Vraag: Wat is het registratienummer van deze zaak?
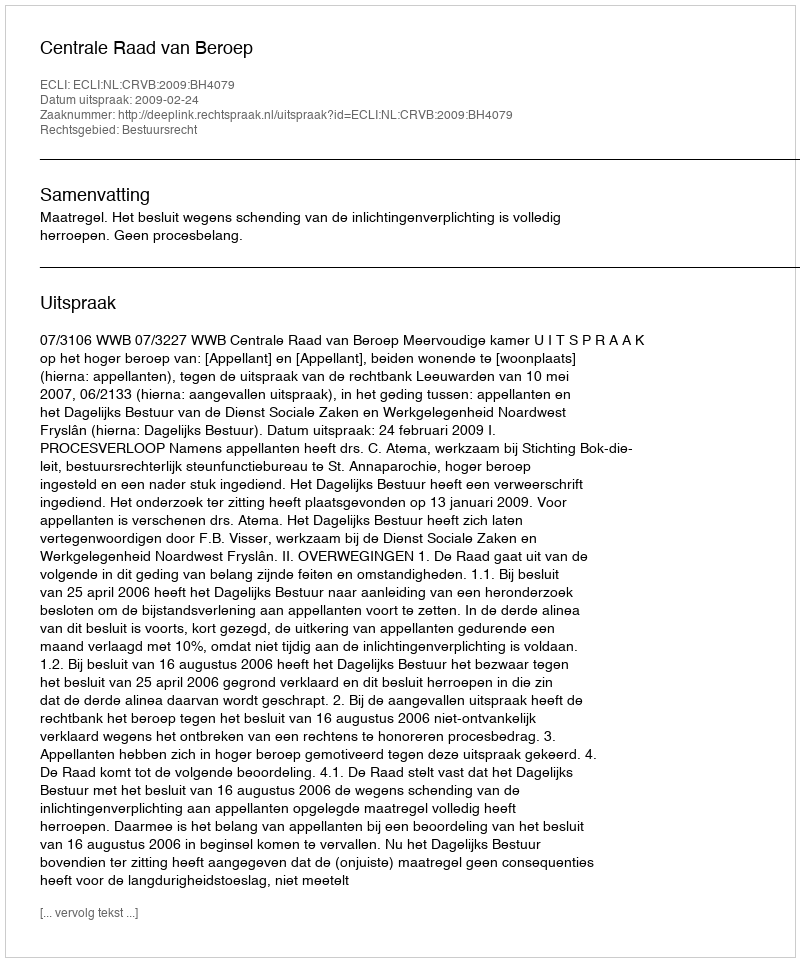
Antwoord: http://deeplink.rechtspraak.nl/uitspraak?id=ECLI:NL:CRVB:2009:BH4079